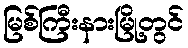
မြစ်ကြီးနားမြို့တွင်